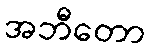
အဘီတော